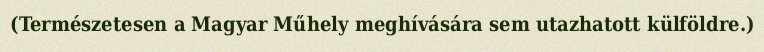
(Természetesen a Magyar Műhely meghívására sem utazhatott külföldre.)